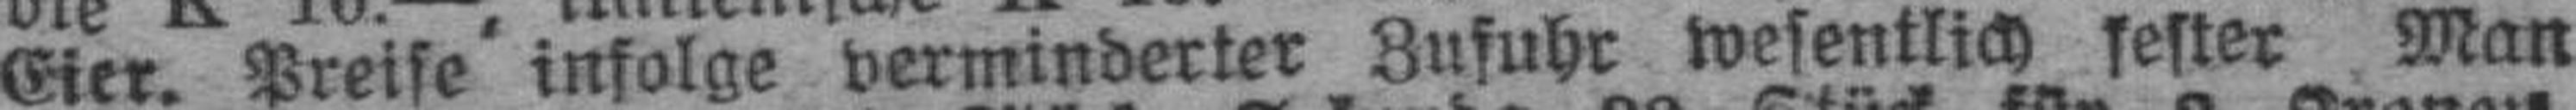
Eier. Preise infolge verminderter Zufuhr wesentlich fester Man